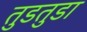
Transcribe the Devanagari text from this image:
तुडतुडा